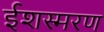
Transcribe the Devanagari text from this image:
ईशस्मरण